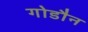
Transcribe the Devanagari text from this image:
गोडौन